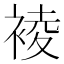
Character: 裬